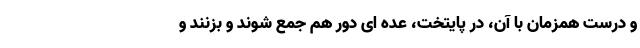
و درست همزمان با آن، در پایتخت، عده ای دور هم جمع شوند و بزنند و